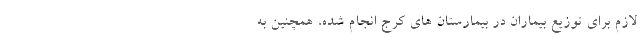
لازم برای توزیع بیماران در بیمارستان های کرج انجام شده، همچنین به